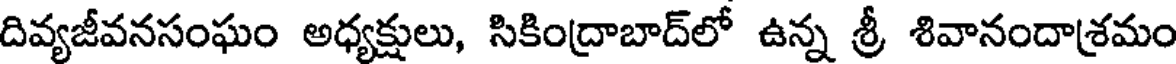
దివ్యజీవనసంఘం అధ్యక్షులు, సికింద్రాబాద్లో ఉన్న శ్రీ శివానందాశ్రమం